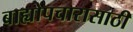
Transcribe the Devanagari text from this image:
बाह्योपचारासाठी